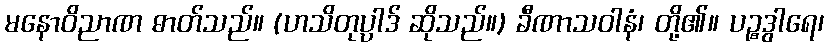
မနောဝိညာဏ ဓာတ်သည်။ (ဟသိတုပ္ပါဒ် ဆိုသည်။) ခီဏာသဝါနံ၊ တို့၏။ ပဉ္စဒွါရေ၊